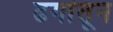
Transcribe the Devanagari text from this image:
ढगांतून